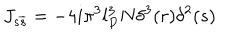
LaTeX: J _ { s \overline { { { s } } } } = - 4 i \pi ^ { 3 } l _ { P } ^ { 3 } N \delta ^ { 3 } ( r ) \delta ^ { 2 } ( s )